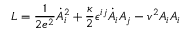
L = { \frac { 1 } { 2 e ^ { 2 } } } \dot { A } _ { i } ^ { 2 } + { \frac { \kappa } { 2 } } \epsilon ^ { i j } \dot { A } _ { i } A _ { j } - v ^ { 2 } A _ { i } A _ { i }